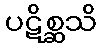
ပဋိစ္ဆသိ